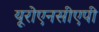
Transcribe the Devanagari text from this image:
यूरोएनसीएपी